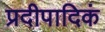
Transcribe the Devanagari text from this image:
प्रदीपादिकं